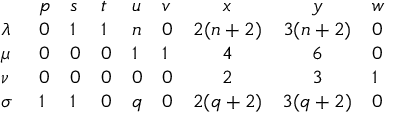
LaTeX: \begin{array} { l l l l l l c c l } { { } } & { { p } } & { { s } } & { { t } } & { { u } } & { { v } } & { { x } } & { { y } } & { { w } } \\ { { \lambda \ } } & { { 0 } } & { { 1 } } & { { 1 } } & { { n } } & { { 0 } } & { { 2 ( n + 2 ) } } & { { 3 ( n + 2 ) } } & { { 0 } } \\ { { \mu \ } } & { { 0 } } & { { 0 } } & { { 0 } } & { { 1 } } & { { 1 } } & { { 4 } } & { { 6 } } & { { 0 } } \\ { { \nu \ } } & { { 0 } } & { { 0 } } & { { 0 } } & { { 0 } } & { { 0 } } & { { 2 } } & { { 3 } } & { { 1 } } \\ { { \sigma \ } } & { { 1 } } & { { 1 } } & { { 0 } } & { { q } } & { { 0 } } & { { 2 ( q + 2 ) } } & { { 3 ( q + 2 ) } } & { { 0 } } \end{array}